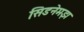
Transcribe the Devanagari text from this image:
सिडनेमझ